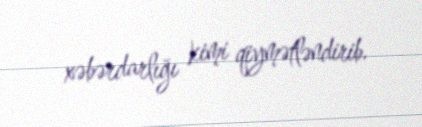
xəbərdarlığı kimi qiymətləndirib.